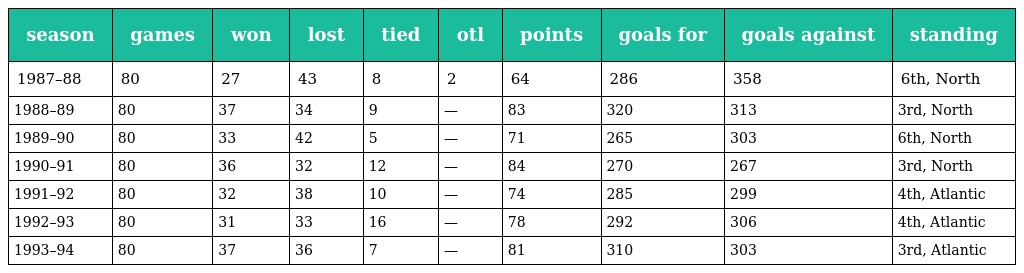
| season | games | won | lost | tied | otl | points | goals for | goals against | standing |
 | --- | --- | --- | --- | --- | --- | --- | --- | --- | --- |
 | 1987–88 | 80 | 27 | 43 | 8 | 2 | 64 | 286 | 358 | 6th, North |
 | 1988–89 | 80 | 37 | 34 | 9 | — | 83 | 320 | 313 | 3rd, North |
 | 1989–90 | 80 | 33 | 42 | 5 | — | 71 | 265 | 303 | 6th, North |
 | 1990–91 | 80 | 36 | 32 | 12 | — | 84 | 270 | 267 | 3rd, North |
 | 1991–92 | 80 | 32 | 38 | 10 | — | 74 | 285 | 299 | 4th, Atlantic |
 | 1992–93 | 80 | 31 | 33 | 16 | — | 78 | 292 | 306 | 4th, Atlantic |
 | 1993–94 | 80 | 37 | 36 | 7 | — | 81 | 310 | 303 | 3rd, Atlantic |